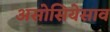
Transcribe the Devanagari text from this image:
असोसियेसाव